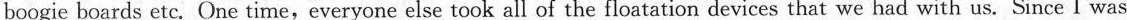
boogie boards etc. One time, everyone else took all of the \underline{floatation devices} that we had with us. Since I was